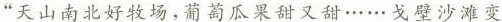
”天山南北好牧场，葡萄瓜果甜又甜……戈壁沙滩变